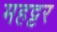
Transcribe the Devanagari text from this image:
महट्टर